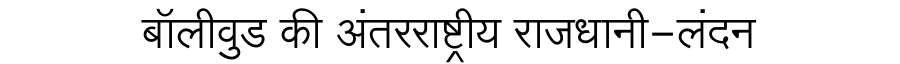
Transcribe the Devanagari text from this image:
बॉलीवुड की अंतरराष्ट्रीय राजधानी-लंदन